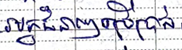
អ្នកជំនាញប្រើប្រាស់